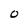
Character: 0